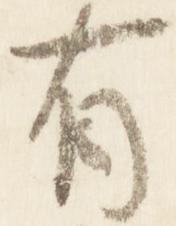
有